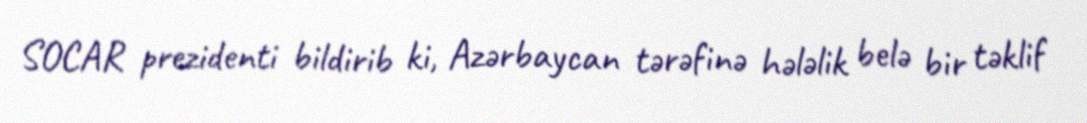
SOCAR prezidenti bildirib ki, Azərbaycan tərəfinə hələlik belə bir təklif